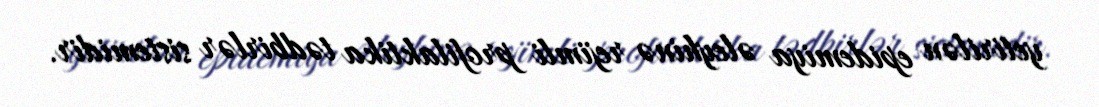
yetirilən epidemiya əleyhinə rejimli profilaktika tədbirlər sistemidir.